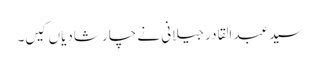
سید عبد القادر جیلانی نے چار شادیاں کیں۔